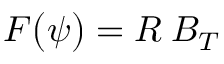
F \big ( \psi \big ) = R \: B _ { T }